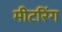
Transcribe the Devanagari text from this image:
मीटरिंग